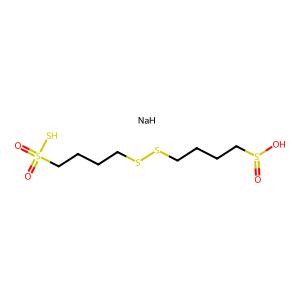
SMILES: O=S(O)CCCCSSCCCCS(=O)(=O)S.[NaH]
Inhibits HIV replication: No